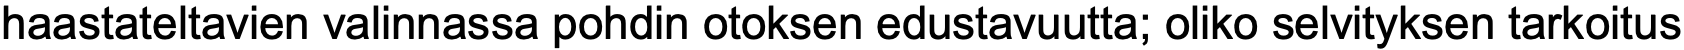
haastateltavien valinnassa pohdin otoksen edustavuutta; oliko selvityksen tarkoitus